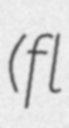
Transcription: (fl